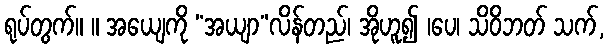
ရုပ်တွက်။ ။ အယျေကို “အယျာ”လိန်တည်၊ အိုဟူ၍ ၊ပေ၊ သိဝိဘတ် သက်,